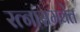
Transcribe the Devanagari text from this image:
रत्नांसमवेत